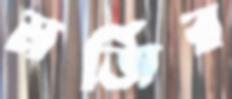
মর্জির